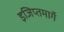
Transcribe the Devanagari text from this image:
इजिप्तमार्गे